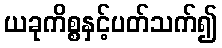
ယခုကိစ္စနှင့်ပတ်သက်၍